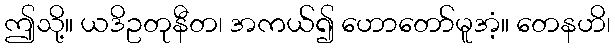
ဤသို့။ ယဒိဥတုနီတ၊ အကယ်၍ ဟောတော်မူအံ့။ တေနဟိ၊